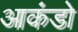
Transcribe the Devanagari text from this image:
आकंडो